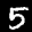
Label: 5